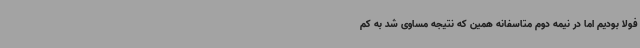
فولا بودیم اما در نیمه دوم متاسفانه همین که نتیجه مساوی شد به کم